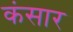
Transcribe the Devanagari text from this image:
कंसार